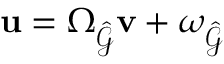
\mathbf { u } = \Omega _ { \hat { \mathcal { G } } } \mathbf { v } + \omega _ { \hat { \mathcal { G } } }